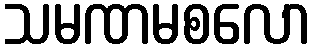
သမဏမစလော